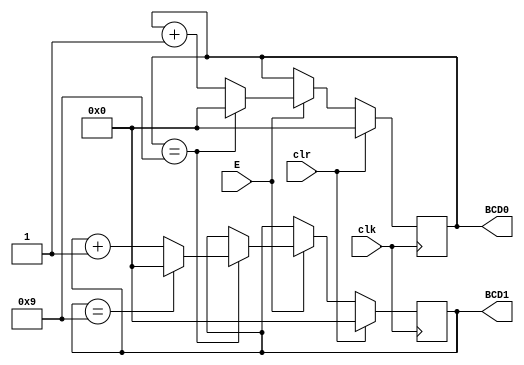
`timescale 1ns / 1ps
//////////////////////////////////////////////////////////////////////////////////
// Company: 
// Engineer: 
// 
// Design Name: 
// Module Name: BCDcount
// Project Name: 
// Target Devices: 
// Tool Versions: 
// Description: 
// 
// Dependencies: 
// 
// Revision:
// Revision 0.01 - File Created
// Additional Comments:
// 
//////////////////////////////////////////////////////////////////////////////////


module BCDcount(clk,clr,E,BCD1,BCD0);

    input clk,clr,E;
    output reg [3:0] BCD1,BCD0;
    
    always @(posedge clk)
    begin
        if (clr)
        begin
            BCD1<=0;
            BCD0<=0;
        end
        else if (E)
            if (BCD0==4'b1001)
            begin
                BCD0<=0;
                if (BCD1==4'b1001)
                    BCD1<=0;
                else
                    BCD1<=BCD1+1;
            end
            else
                BCD0<=BCD0+1;
    end
endmodule